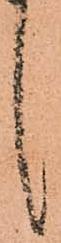
言